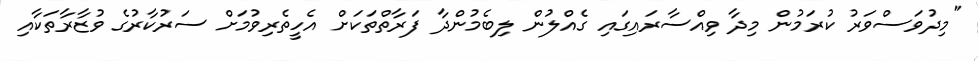
"މިދުވަސްވަރު ކުރަމުން މިދާ ވިއްސާރައިގައި ގެއްލުން ލިބެމުންދާ ފަރާތްތަކަށް އެހީތެރިވުމަށް ސަރުކާރުގެ ވުޒާރާތަކާއި